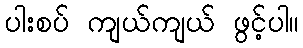
ပါးစပ် ကျယ်ကျယ် ဖွင့်ပါ။